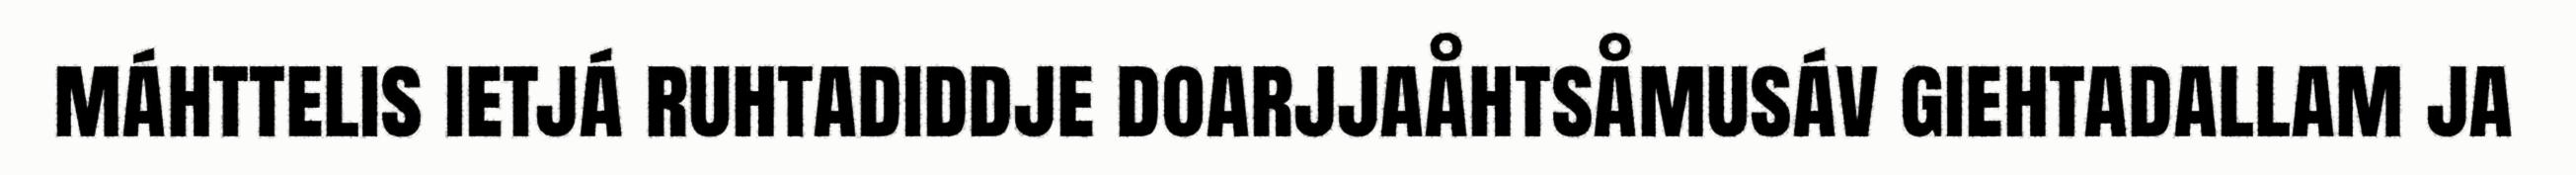
máhttelis ietjá ruhtadiddje doarjjaåhtsåmusáv giehtadallam ja